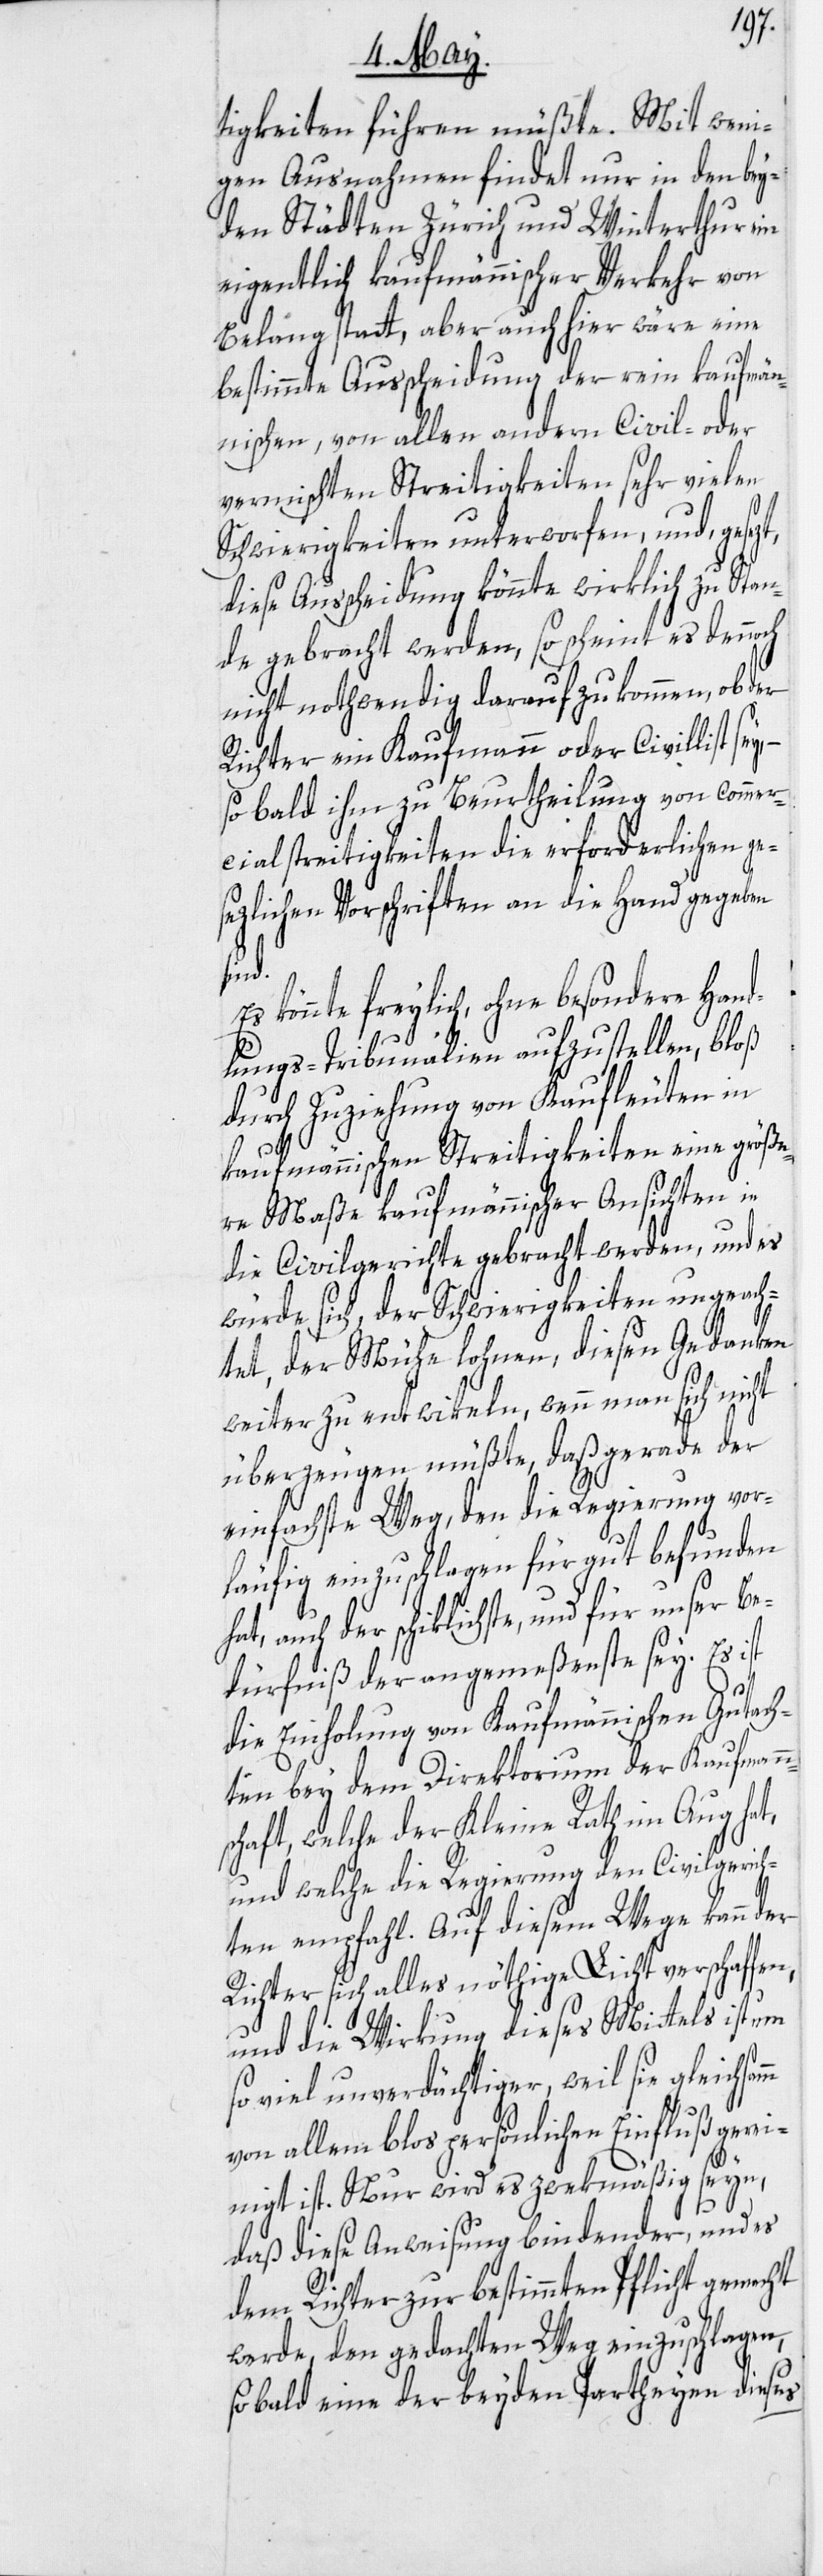
tigkeiten führen müßte. Mit weni¬
gen Ausnahmen findet nur in den bey¬
den Städten Zürich und Winterthur ein
eigentlich kaufmännischer Verkehr von
Belang statt, aber auch hier wäre eine
bestimmte Ausscheidung der rein kaufmän¬
nischen, von allen andern Civil- oder
vermischten Streitigkeiten sehr vielen
Schwierigkeiten unterworfen, und, gesez¬
diese Ausscheidung könnte wirklich zu Stan¬
de gebracht werden, so scheint es dennoch
nicht nothwendig darauf zu kommen, ob der
Richter ein Kaufmann oder Civillist sey,
so bald ihm zu Beurtheilung von Commer¬
cialstreitigkeiten die erforderlichen ge¬
sezlichen Vorschriften an die Hand gegeben
für
könnte freylich, ohne besondere Hand¬
lungs-Tribunalien aufzustellen, bloß
durch Zuziehung von Kaufleuten in
m
kaufmännischen Streitigkeiten eine größe¬
re Maße kaufmännischer Ansichten in
die Civilgerichte geberacht werden, und es
würde sich, der Schwierigkeiten ungeach¬
tet, der Mühe lohnen, diesen Gedanken
weiter zu entwikeln, wenn man sich nicht
überzeugen müßte, daß gerade der
einfachste Weg, den die Regierung vor¬
t,
läufig einzuschlagen für gut befunden
dürfniß der angemeßenste sey. Es i¬
st
die Einholung von Kaufmännischen Gutach¬
ten bey dem Direktorium der Kaufmann¬
schaft, welche der Kleine Rath im Aug hat,
und welche die Regierung den Civilgerich¬
ten empfahl. Auf diesem Wege kann der
Richter sich alles nöthige Licht verschaffen,
und die Wirkung dieses Mittels ist um
so viel unverdächtiger, weil sie gleichsam¬
von allem blos persönlichen Einfluß gerei¬
nigt ist. Nur wird es zwekmäßig seyn,
daß diese Anweisung bindender, und es
dem Richter zur bestimmten Pflicht gemacht
werde, den gedachten Weg einzuschlagen,
so bald eine der beyden Partheyen dieses